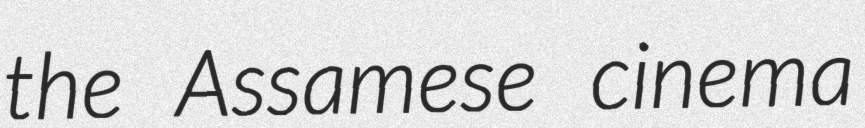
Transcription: the Assamese cinema